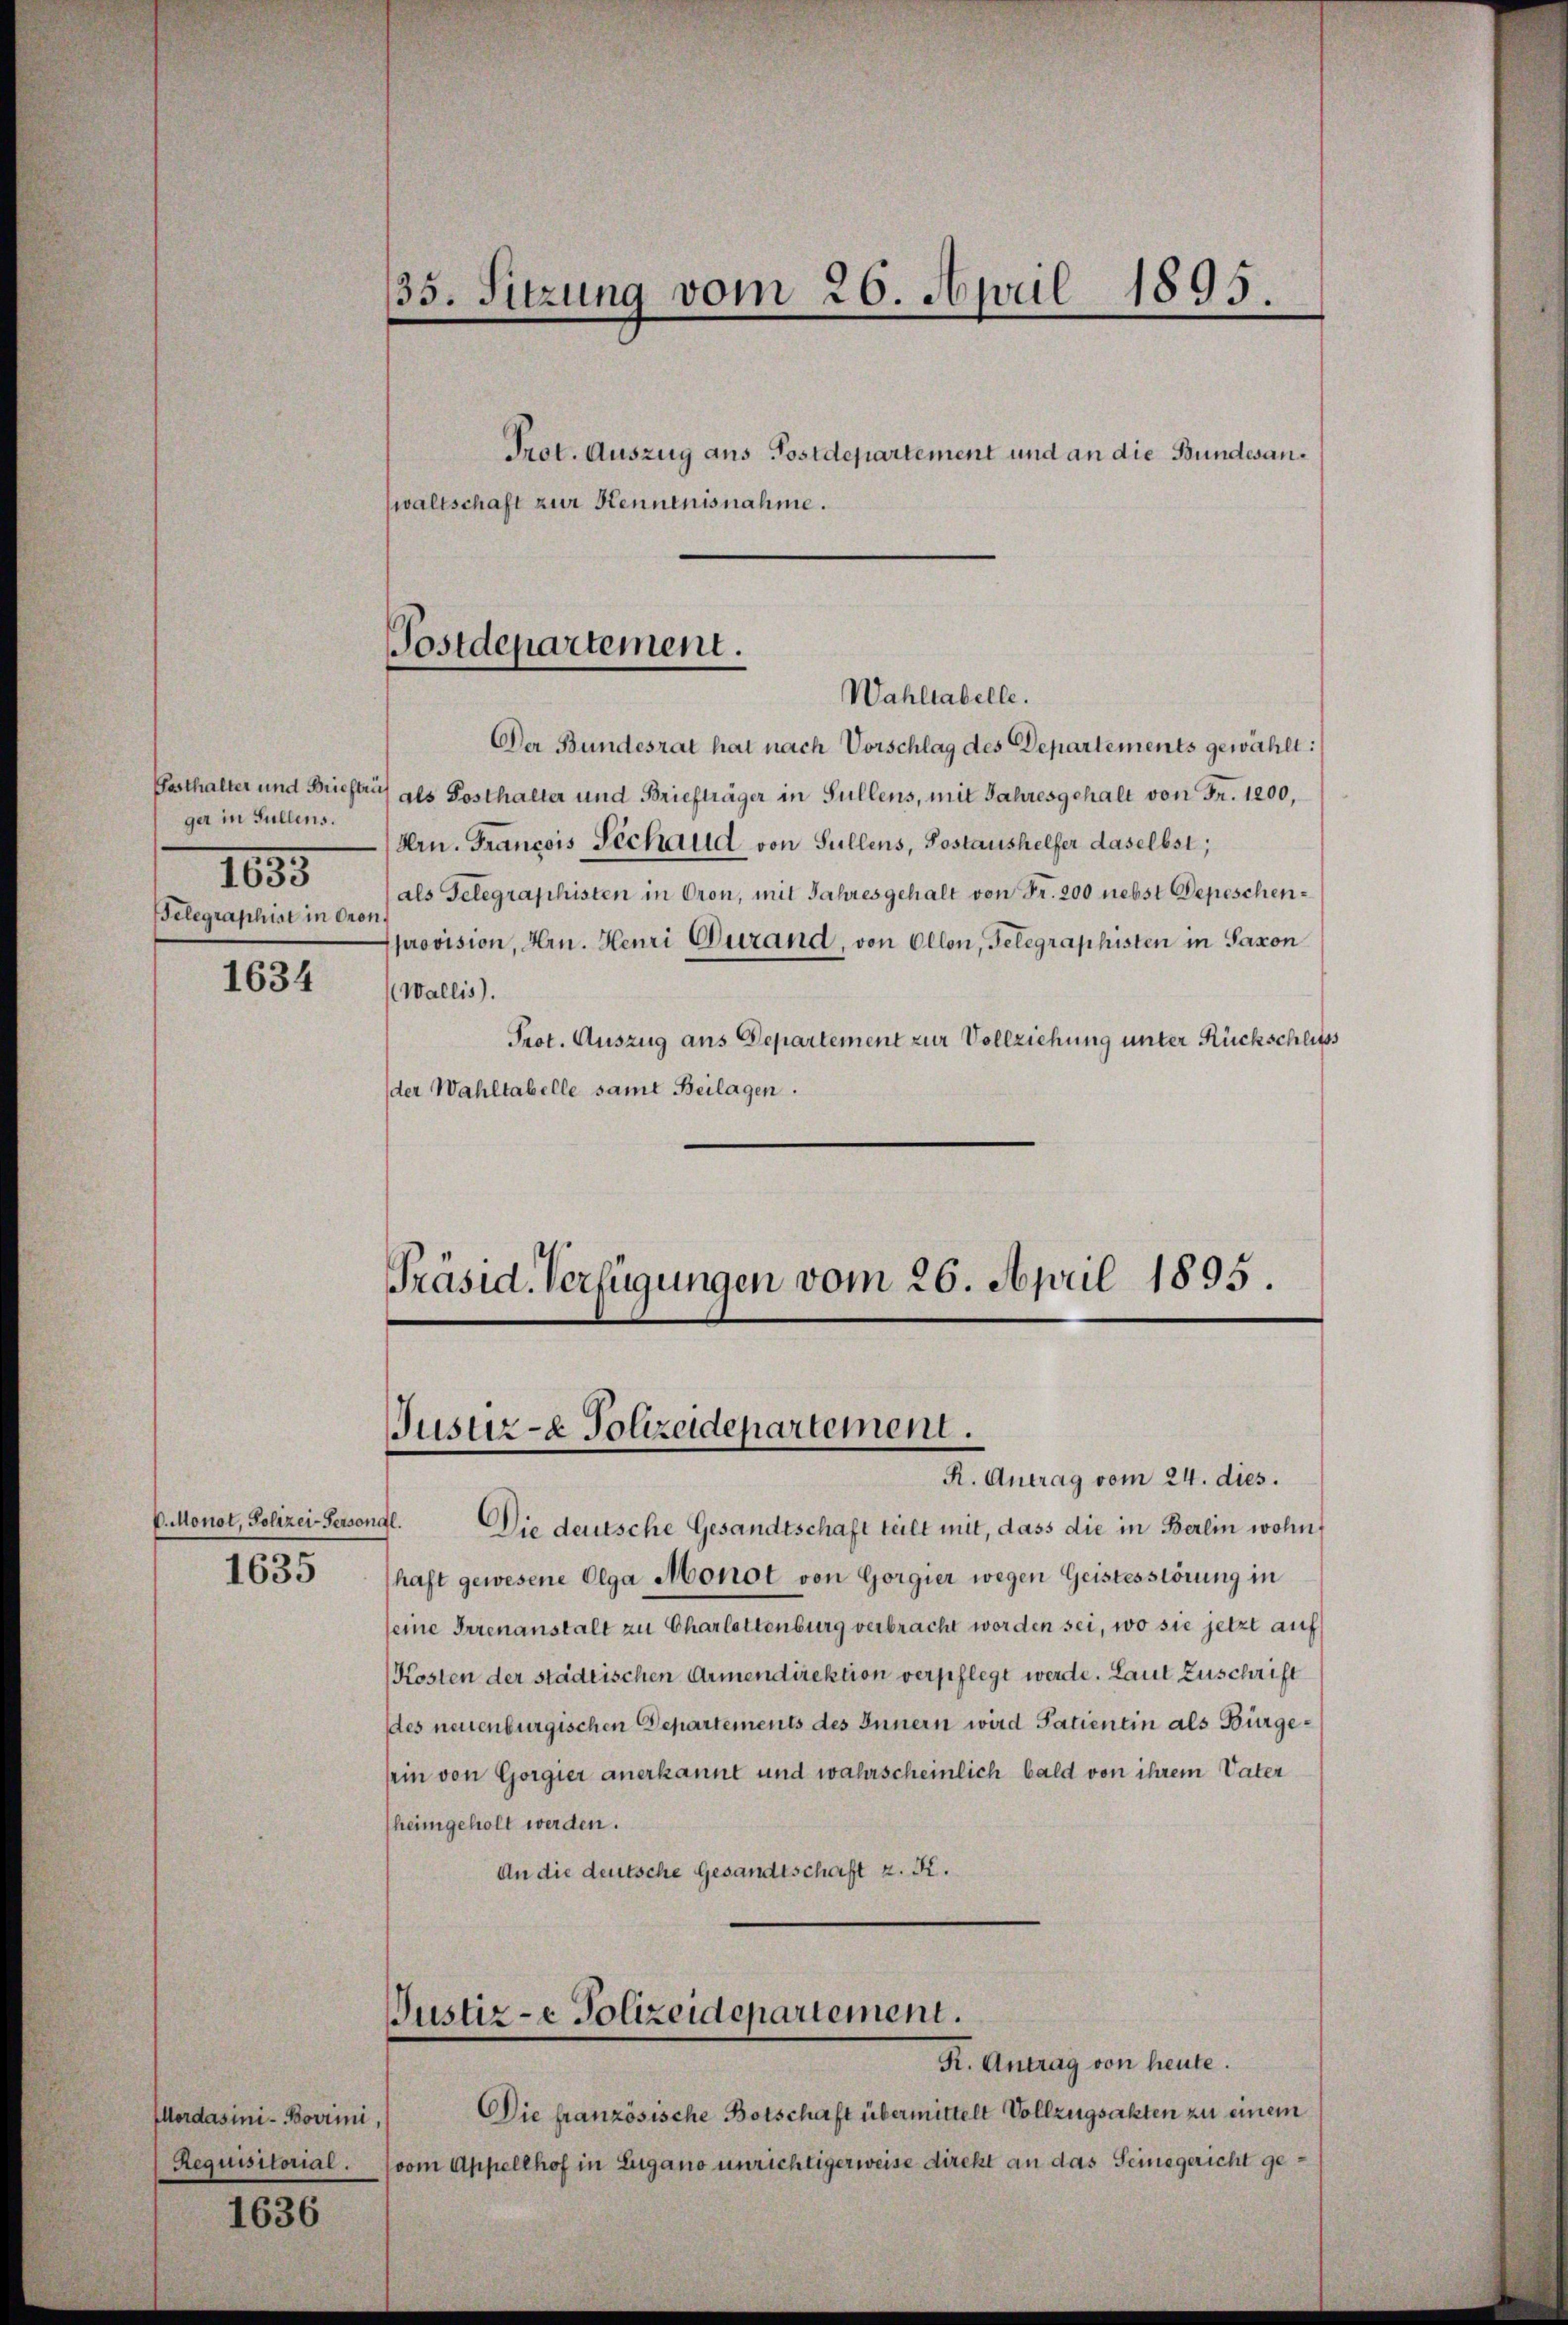
Gasthalter und Brieftrü
ger in Füllens.
1835.
Telegraphist in Oron¬

1634

1635

1636

Wahltabelle.
Der Bundesrat hat nach Vorschlag des Departements gewählt:
als Posthalter und Briefträger in Füllens, mit Jahresgehalt von Fr. 1200,
Hrn. Francois Fechaud von Füllens, Postaushelfer daselbst;
als Telegraphisten in Oron, mit Jahresgehalt von Fr. 200 nebst Depeschenprovision, Hrn. Heuri Gurand, von Ollon, Gelegraphisten in Saxon
Wallis).
Prot. Auszug aus Departement zur Vollziehung unter Rückschliess
der Wahltabelle samt Beilagen.

V. Monot, Polizei-Persongl.

Requisitorial.

35. Sitzung vom 26. April 1895.
Prot. Auszug aus Postdepartement und an die Bundesanwaltschaft zur Kenntnisnahme.

Postdepartement.

R. Antrag vom 24. dies.
Die deutsche Gesandtschaft teilt mit, dass die in Berlin wohn
haft gewesene Olga Monot von Gorgier wegen Geistesstörung in
seine Irrenanstalt zu Charlottenburg verbracht worden sei, wo sie jetzt auf
Kosten der städtischen Armendirektion verpflegt werde. Laut Zuschrift
des neuenburgischen Departements des Innern wird Patientin als Bürgesein von Gorgier anerkannt und wahrscheinlich bald von ihrem Vater
heimgeholt werden.
An die deutsche Gesandtschaft z. R.

Präsid. Verfügungen vom 26. April 1895.
Justiz- & Polizeidepartement.

Justiz-e Polizeidepartement.
R. Antrag von heute.

Iordasini-Bovrii) Die französische Botschaft übermittelt Vollzugsakten zu einem
vom Appellhof in Lugano unrichtigerweise direkt an das Seinegericht ge¬